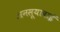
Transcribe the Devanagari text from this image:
अनसूयाबाई